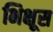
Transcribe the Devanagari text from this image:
भिक्षूस